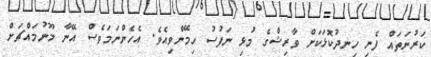
ކަރުނަތައް ފެނި ހިނދުކޮޅަކަށް ވާރިޝްގެ މުޅި ނަފުސު ހިމޭންވިއެވެ. އެހެންނަމަވެސް އޭނާ މޫނުމައްޗަށް